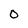
Character: 0